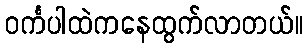
ဝင်္ကပါထဲကနေထွက်လာတယ်။